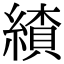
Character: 𦄗